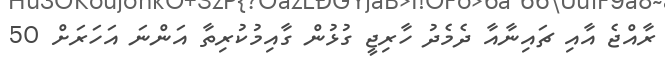
ރާއްޖެ އާއި ޗައިނާއާ ދެމެދު ހާރިޖީ ގުޅުން ގާއިމުކުރިތާ އަންނަ އަހަރަށް 50